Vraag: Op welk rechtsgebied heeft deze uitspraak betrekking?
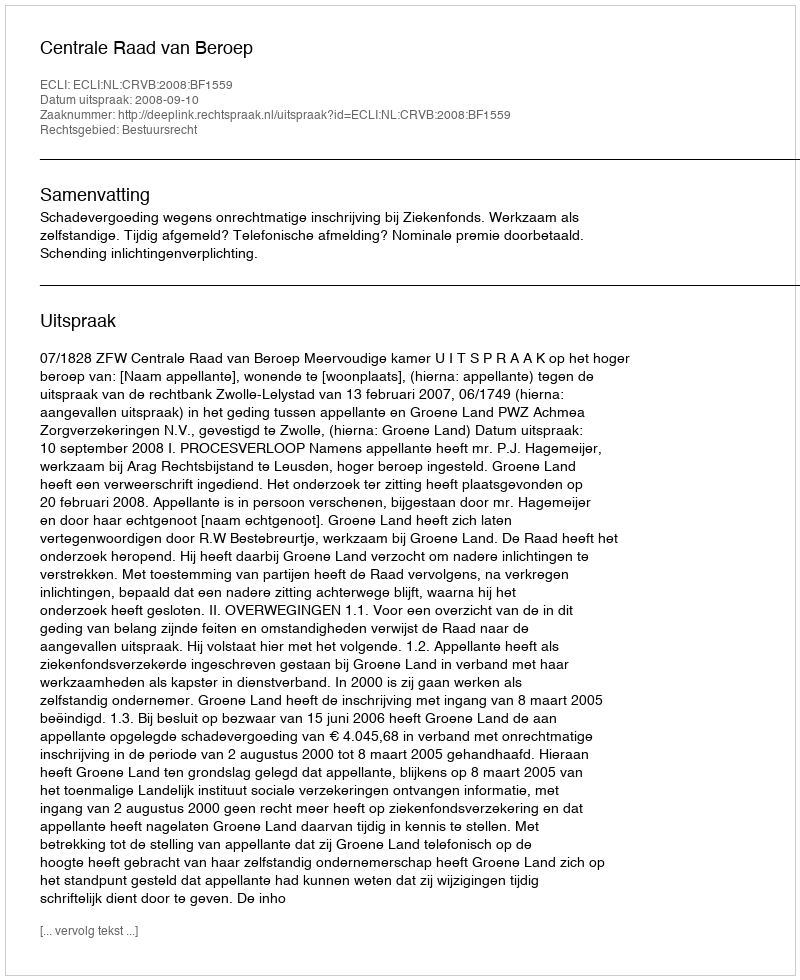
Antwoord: Bestuursrecht